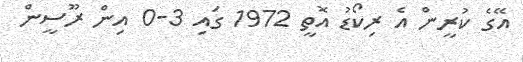
އޭގެ ކުރީން އެ ރިކޯޑު އޮތީ 1972 ގައި 3-0 އިން ރޫސީން